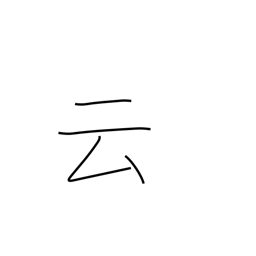
Meaning: say